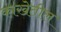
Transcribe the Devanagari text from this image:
काखेतील